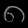
Digit: ၈